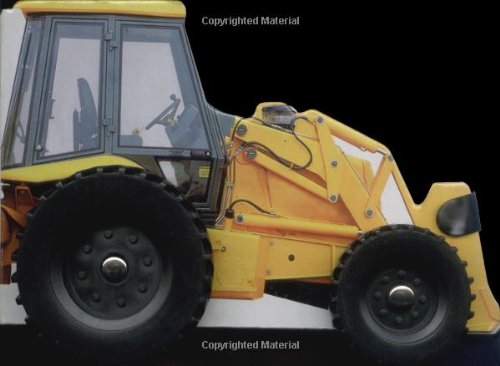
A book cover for Wheelie Board Books: Digger; DK; Children's Books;